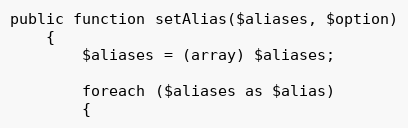
Language: PHP
public function setAlias($aliases, $option)
	{
		$aliases = (array) $aliases;

		foreach ($aliases as $alias)
		{